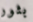
بثور